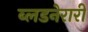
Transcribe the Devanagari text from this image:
ब्लडनेरारी